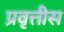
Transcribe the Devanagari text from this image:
प्रवृत्तीस